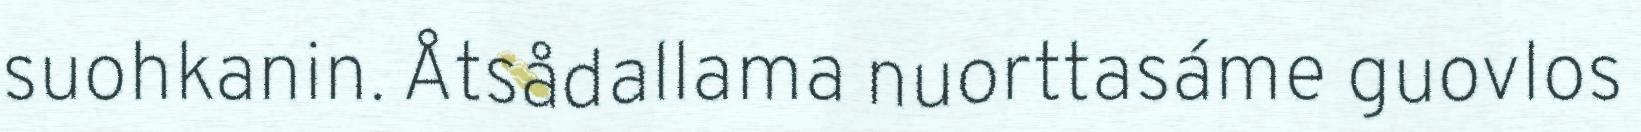
suohkanin. Åtsådallama nuorttasáme guovlos